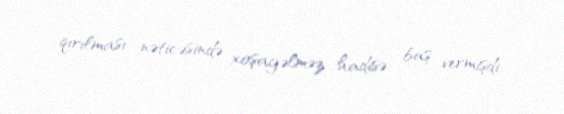
qırılması nəticəsində xoşagəlməz hadisə baş vermişdi.